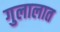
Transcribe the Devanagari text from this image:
गुलालात